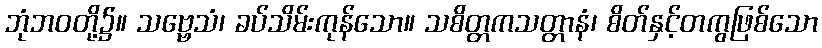
ဘုံဘဝတို့၌။ သဗ္ဗေသံ၊ ခပ်သိမ်းကုန်သော။ သစိတ္တကသတ္တာနံ၊ စိတ်နှင့်တကွဖြစ်သော